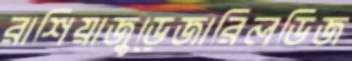
রাশিয়াজুড়েজারিলডিজ